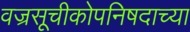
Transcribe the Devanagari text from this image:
वज्रसूचीकोपनिषदाच्या